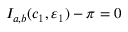
I _ { a , b } ( c _ { 1 } , \varepsilon _ { 1 } ) - \pi = 0